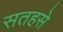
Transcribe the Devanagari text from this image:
सतहसे